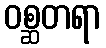
ဝစ္ဆတရာ